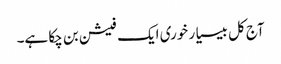
آج کل بیسیا ر خوری ایک فیشن بن چکا ہے۔